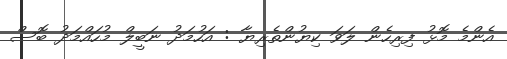
އެންމެ މޮޅު ފިރިހެން ލަވަ ކިޔުންތެރިޔާ : އަހުމަދު ނަބީލް މުހައްމަދު ބޮސް